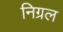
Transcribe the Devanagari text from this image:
निग्रल